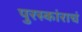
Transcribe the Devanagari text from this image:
पुरस्कांराचं